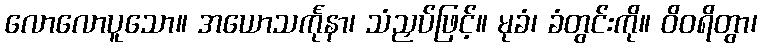
လောလောပူသော။ အယောသင်္ကုနာ၊ သံညှပ်ဖြင့်။ မုခံ၊ ခံတွင်းကို။ ဝိဝရိတွာ၊